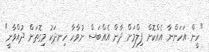
"ހީން އަހަންނާ އެއްކޮށް ފިލްމަށް ދާން އެއްބަސް ނުވާހާ ހިނދަކު މިގޮތަށް ދުއްވާނީ"